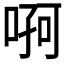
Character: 𠶄